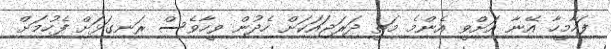
ފަހާމީހާ އޭނާ އަށްވީ އެންމެ މަތީ ދަރަޖައަކަށް ހެދުން ވީހާވެސް ރަނގަޅަށް ފެހުމަށް